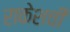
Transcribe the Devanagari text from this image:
राकेशची